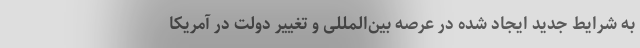
به شرایط جدید ایجاد شده در عرصه بین‌المللی و تغییر دولت در آمریکا